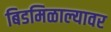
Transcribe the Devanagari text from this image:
बिडमिळाल्यावर